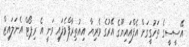
އޭސީސީގެ ތަހުގީގަށް އެފްއައިޔޫގެ އޭރުގެ ވެރިޔާ އިއުތިރާފްވެފައި ވަނީ އެ ރިޕޯޓް އެނަލައިޒް